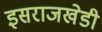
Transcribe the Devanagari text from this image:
इसराजखेडी